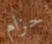
حزام